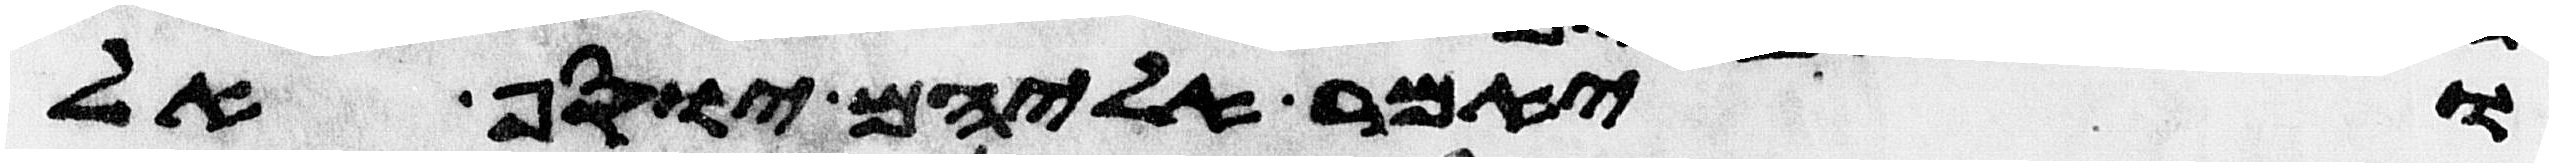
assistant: ויאמר אליהם יוסף אל